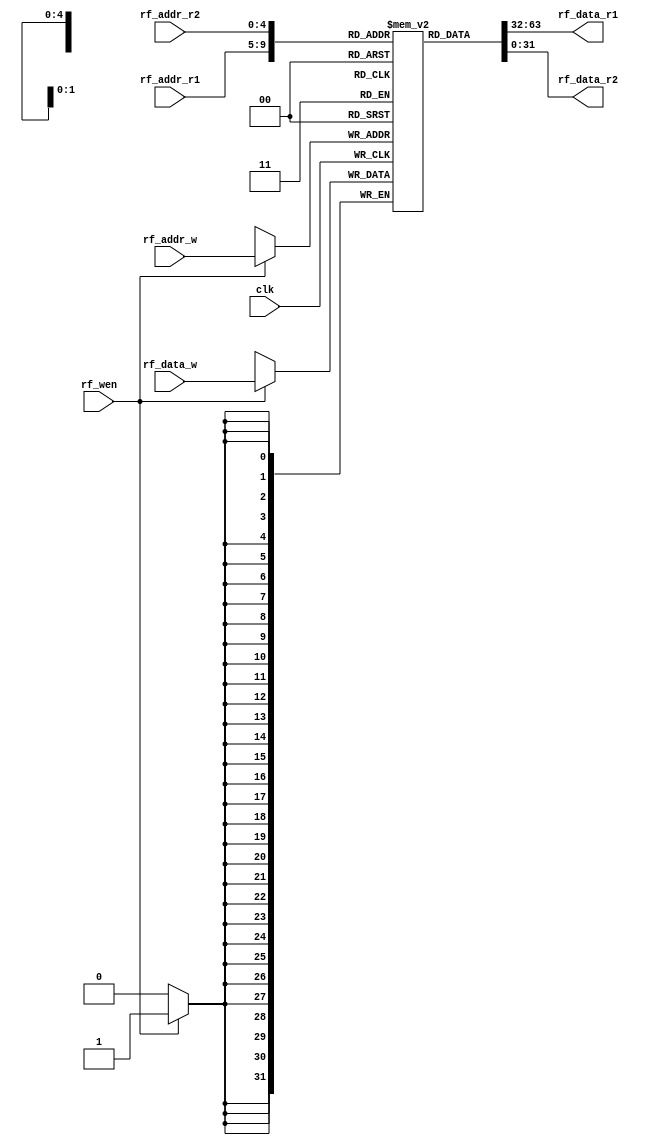
`timescale 1ns / 1ps

module RegFile(
    input clk,
    //
    input rf_wen,
    //
    input[4:0] rf_addr_r1,
    input[4:0] rf_addr_r2,
    //
    input[4:0] rf_addr_w,
    input[31:0] rf_data_w,
    //
    output[31:0] rf_data_r1,
    output[31:0] rf_data_r2
    );

    reg[31:0] file[31:0];
    integer i;
    initial 
    begin
        for(i = 0; i < 32; i=i+1) file[i] = 32'b0;
    end

    assign rf_data_r1 = file[rf_addr_r1];
    assign rf_data_r2 = file[rf_addr_r2];


    always@(negedge clk) 
    begin
        if (rf_wen) 
        begin
        //
            file[rf_addr_w] = rf_data_w;//
        end
    end

endmodule